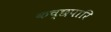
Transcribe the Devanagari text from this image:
कच्छपारि